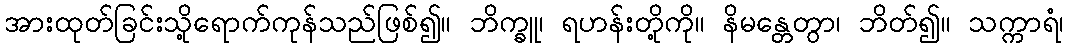
အားထုတ်ခြင်းသို့ရောက်ကုန်သည်ဖြစ်၍။ ဘိက္ခူ၊ ရဟန်းတို့ကို။ နိမန္တေတွာ၊ ဘိတ်၍။ သက္ကာရံ၊